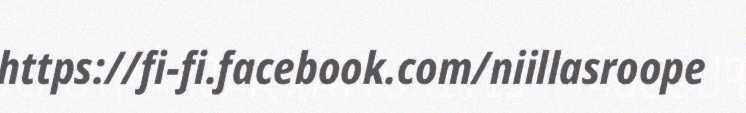
https://fi-fi.facebook.com/niillasroope